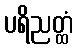
ပရိညတ္ထံ